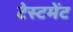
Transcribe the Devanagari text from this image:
टेस्टमेंट